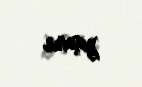
yaşanır.